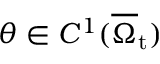
\theta \in C ^ { 1 } ( \overline { { \Omega } } _ { \mathrm { t } } )